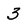
Character: 3